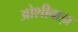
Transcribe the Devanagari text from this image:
ओशीवाड़ा